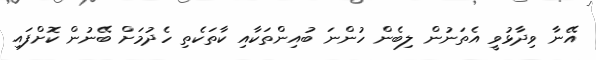
އޭނާ ވިދާޅުވީ އެތަނުން ލިބެން ހުންނަ ބުއިންތަކާއި ކާތަކެތި ހެދުމަށް ބޭނުން ކޮށްފައި